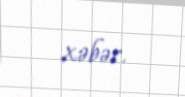
xəbər.